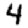
Digit: 4